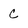
Character: C